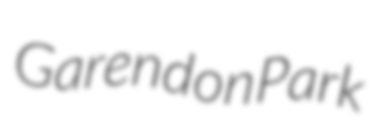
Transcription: Garendon Park